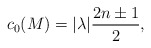
\begin{align*}c_0(M)=|\lambda|\frac{2n\pm 1}{2},\end{align*}